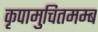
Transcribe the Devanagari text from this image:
कृपामुचितमम्ब